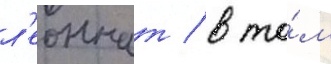
л'еоннат / в то́м